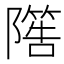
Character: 𨼵